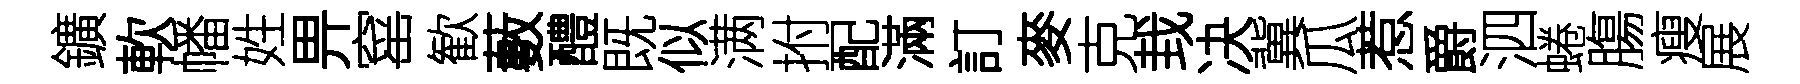
鑛軟幡姓畀窰歓藪醴既似满拊配滿訂麥克㘽决冀瓜惹爵泗蜷膓瘦展